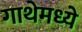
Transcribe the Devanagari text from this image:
गाथेमध्ये